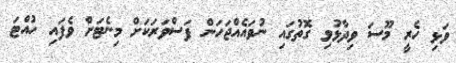
ވަޅި ހެރީ މޫސަ ވިދާޅުވި ގޮތުގައި ނުވައެއްޖަހަން ފަސްވަރަކަށް މިނެޓަށް ވެފައި ހުއްޓަ